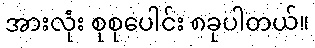
အားလုံး စုစုပေါင်း ၈ခုပါတယ်။